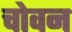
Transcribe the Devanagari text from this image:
चोवन